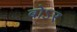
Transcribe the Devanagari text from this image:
बोऽर